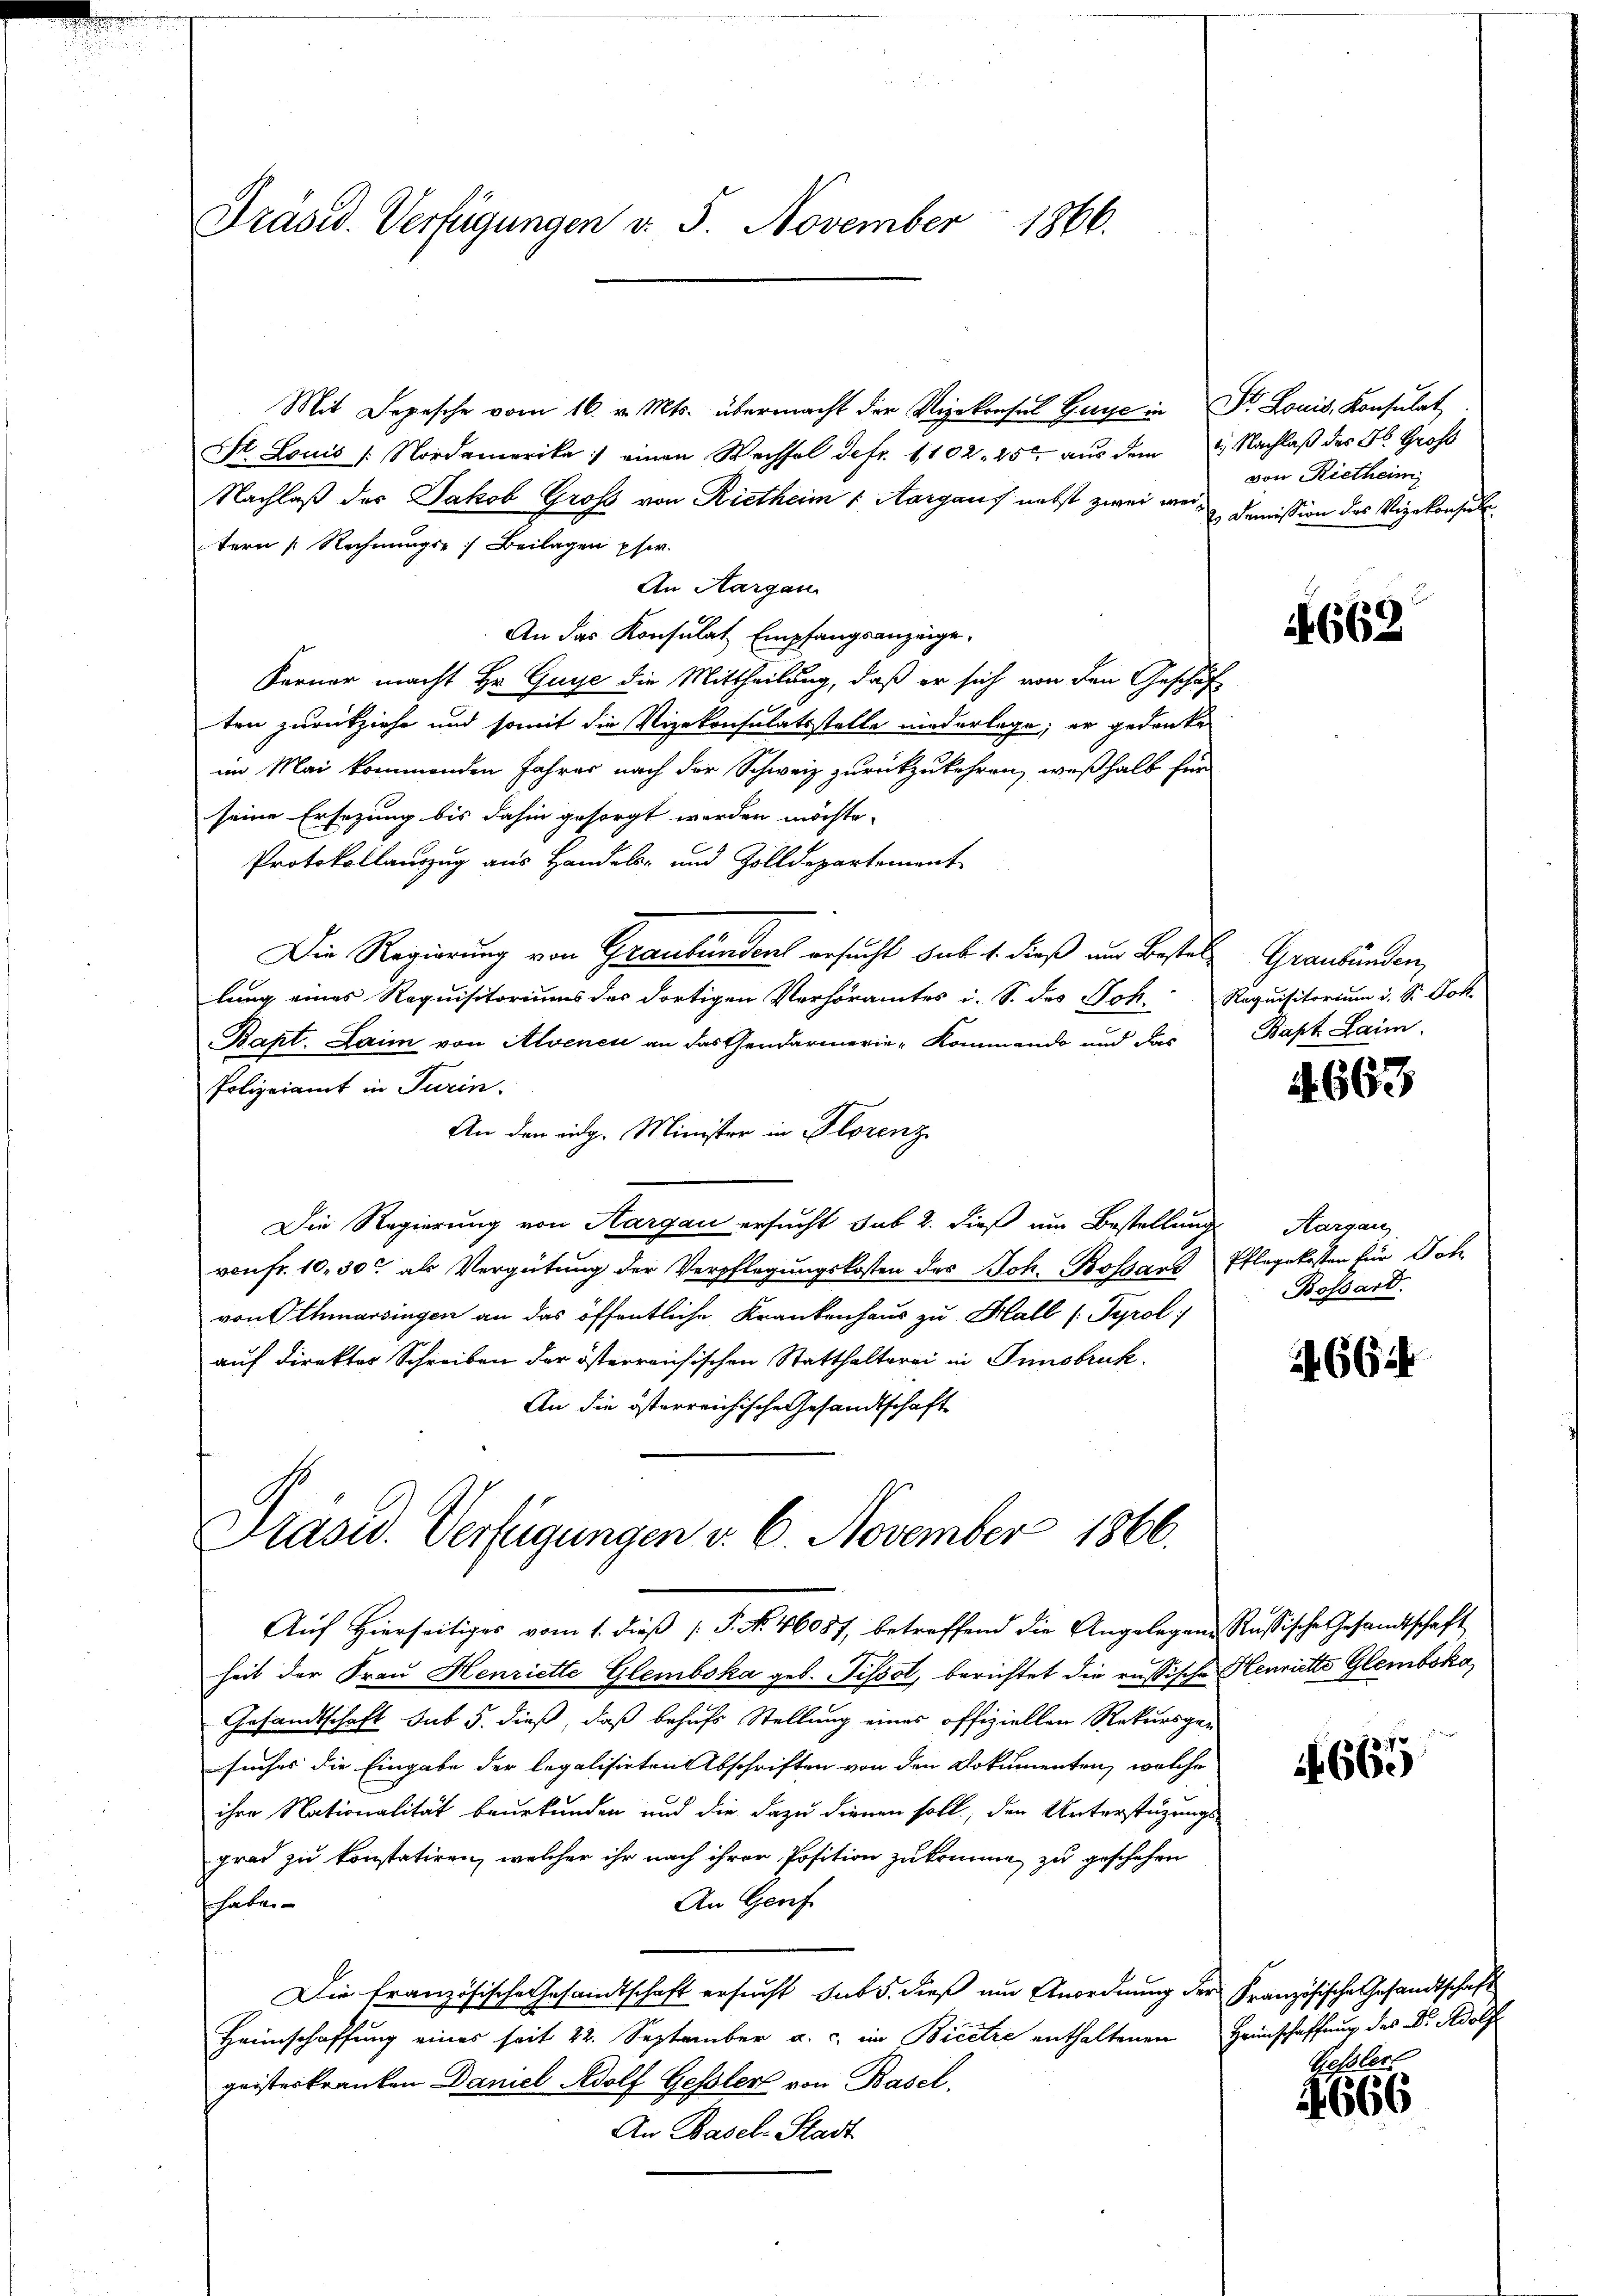
Präsid. Verfügungen d. 5. November 1866.

Mit Depesche vom 16. v. Mts. übermacht der Vizekonsul Guye in Dr. Louis, Konsulat
St. Louis /: Nordamerika) einen Wechsel defr. 1102. 25 aus dem Nachlaß des H. Groß
Nachlaß des Jakob Groß von Rietheim Aargaus nebst zwei war Comission des Vizekonsul
tern Rechnungs- Beilagen psw.
An Aargau
An das Konsulat Empfangsanzeige.
Ferner macht Hr. Guye die Mittheilung, daß er sich von den Geschäf
ten zurückziehe und somit die Vizekonsulatsstelle niederlege; er gedenke
im Mai kommenden Jahres nach der Schweiz zurückzukehren, weßhalb für
seine Ersezung bis dahin gesorgt werden möchte.
Protokollauszug aus Handels- und Zolldepartement
Die Regierung von Graubünden ersucht sub. 1. dieß um Bestals Graubünden,
lung eines Requisitoriums des dortigen Verhöramtes i. S. des Joh. Requisitorium d. Sr. Dok
Bapt. Laim von Alvenen an das Gendarmerie-Kommando und das
Polizeiamt in Turin.
An den eidg. Minister in Florenz
Die Regierung von Aargau ersucht sub 2. dieß um Bestellung Aargau
von fr. 10,30 als Vergütung der Verpflegungskosten des Joh. Bossard Pflegekosten für Doh
von Othmarsingen an das öffentliche Krankenhaus zu Hall (Tyrol
auf Direktor Schreiben der österreichischen Statthalterei in Innsbruck.
An die österreichische Gesandtschaft

Präsid. Verfügungen v. 6. November 1866.
Aŭf Hierseitiges vom 1. dieβ P. Nr. 46087, betreffend die Angelegen Russische Gesandtschaft

von Rietheim

heit der Frau Henriette Glembska geb. Pissol, berichtet die russische Henriette Glembska
Gesandtschaft sub 5. dieß, daß behufs Stellung eines offiziellen Rekursgesuches die Eingabe der legalisirten Abschriften von den Dokumenten, welche
ihre Nationalität beurkunden und die dazu dienen soll, den Unterstüzungs-
grad zu konstatiren, welcher ihr nach ihrer Position zukomme zu geschehen
An Genf
haben
Die französische Gesandtschaft ersucht sub 5. dieß um Anordnung der Französische Gesandtschaft
Heimschaffung eines seit 22. September a. c. im Bicere enthaltenen Heimschaffung des Dr. Adolf
geisterkranken Daniel Adolf Gessler von Basel.
An Basel-Stadt

if. 662

Bapt. Laim.

663

Bossard.

661

if. 665

Gessler
4666